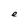
Character: e